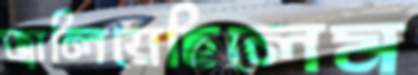
জ্বালিয়েছিলেম